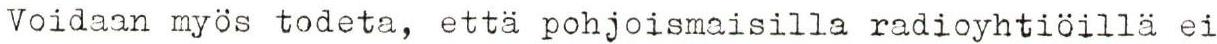
Voidaan myös todeta, että pohjoismaisilla radioyhtiöillä ei